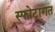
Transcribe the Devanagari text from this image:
स्फोटागत